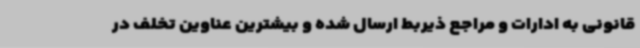
قانونی به ادارات و مراجع ذیربط ارسال شده و بیشترین عناوین تخلف در